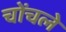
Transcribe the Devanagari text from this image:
चोंचले